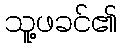
သူ့ဖခင်၏